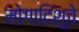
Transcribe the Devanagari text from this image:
मोगादिशूचे